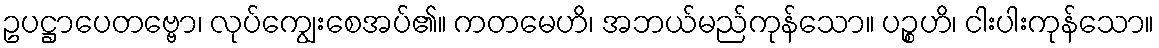
ဥပဋ္ဌာပေတဗ္ဗော၊ လုပ်ကျွေးစေအပ်၏။ ကတမေဟိ၊ အဘယ်မည်ကုန်သော။ ပဉ္စဟိ၊ ငါးပါးကုန်သော။